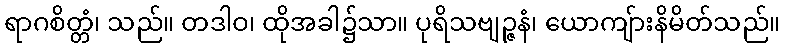
ရာဂစိတ္တံ၊ သည်။ တဒါဝ၊ ထိုအခါ၌သာ။ ပုရိသဗျဉ္ဇနံ၊ ယောကျ်ားနိမိတ်သည်။